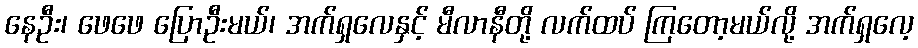
နေဦး၊ ဖေဖေ ပြောဦးမယ်၊ အက်ရှလေနှင့် မီလာနီတို့ လက်ထပ် ကြတော့မယ်လို့ အက်ရှလေ့